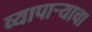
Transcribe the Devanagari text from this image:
व्यापार्‍याचा